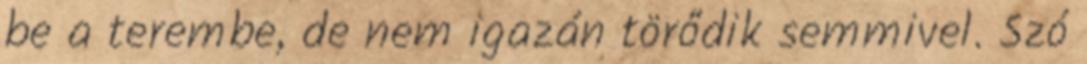
be a terembe, de nem igazán törődik semmivel. Szó